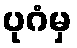
ပုဂံမှ